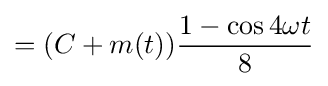
=(C+m(t)){\frac {1-\cos 4\omega t}{8}}